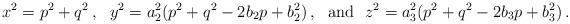
LaTeX: \begin{align*} x^2=p^2+q^2\,,\ \ y^2=a_2^2(p^2+q^2-2b_2p+b_2^2)\,,\ \mbox{ and }\ z^2=a_3^2(p^2+q^2-2b_3p+b_3^2)\,.\end{align*}